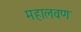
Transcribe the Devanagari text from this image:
महालवण